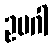
ဥပဂါ